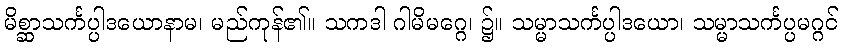
မိစ္ဆာသင်္ကပ္ပါဒယောနာမ၊ မည်ကုန်၏။ သကဒါ ဂါမိမဂ္ဂေ၊ ၌။ သမ္မာသင်္ကပ္ပါဒယော၊ သမ္မာသင်္ကပ္ပမဂ္ဂင်